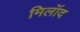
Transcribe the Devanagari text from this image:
मिलॉद